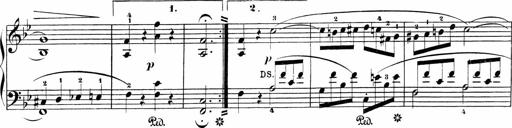
Title: Sonatinen Op.47, 98 und 136, nebst 6 Liedersonatinen
Composer: Carl Reinecke